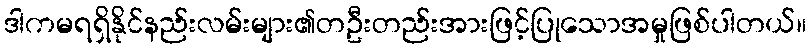
ဒါကမရရှိနိုင်နည်းလမ်းများ၏တဦးတည်းအားဖြင့်ပြုသောအမှုဖြစ်ပါတယ်။